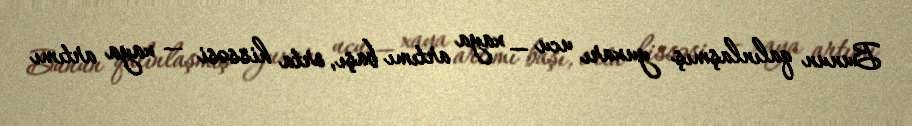
Bunun qalınlaşmış yuxarı ucu — xaya artımı başı, orta hissəsi — xaya artımı